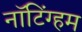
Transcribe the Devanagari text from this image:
नाॅटिंग्हम